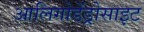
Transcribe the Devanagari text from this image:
आलिगोडेंड्रोसाइट